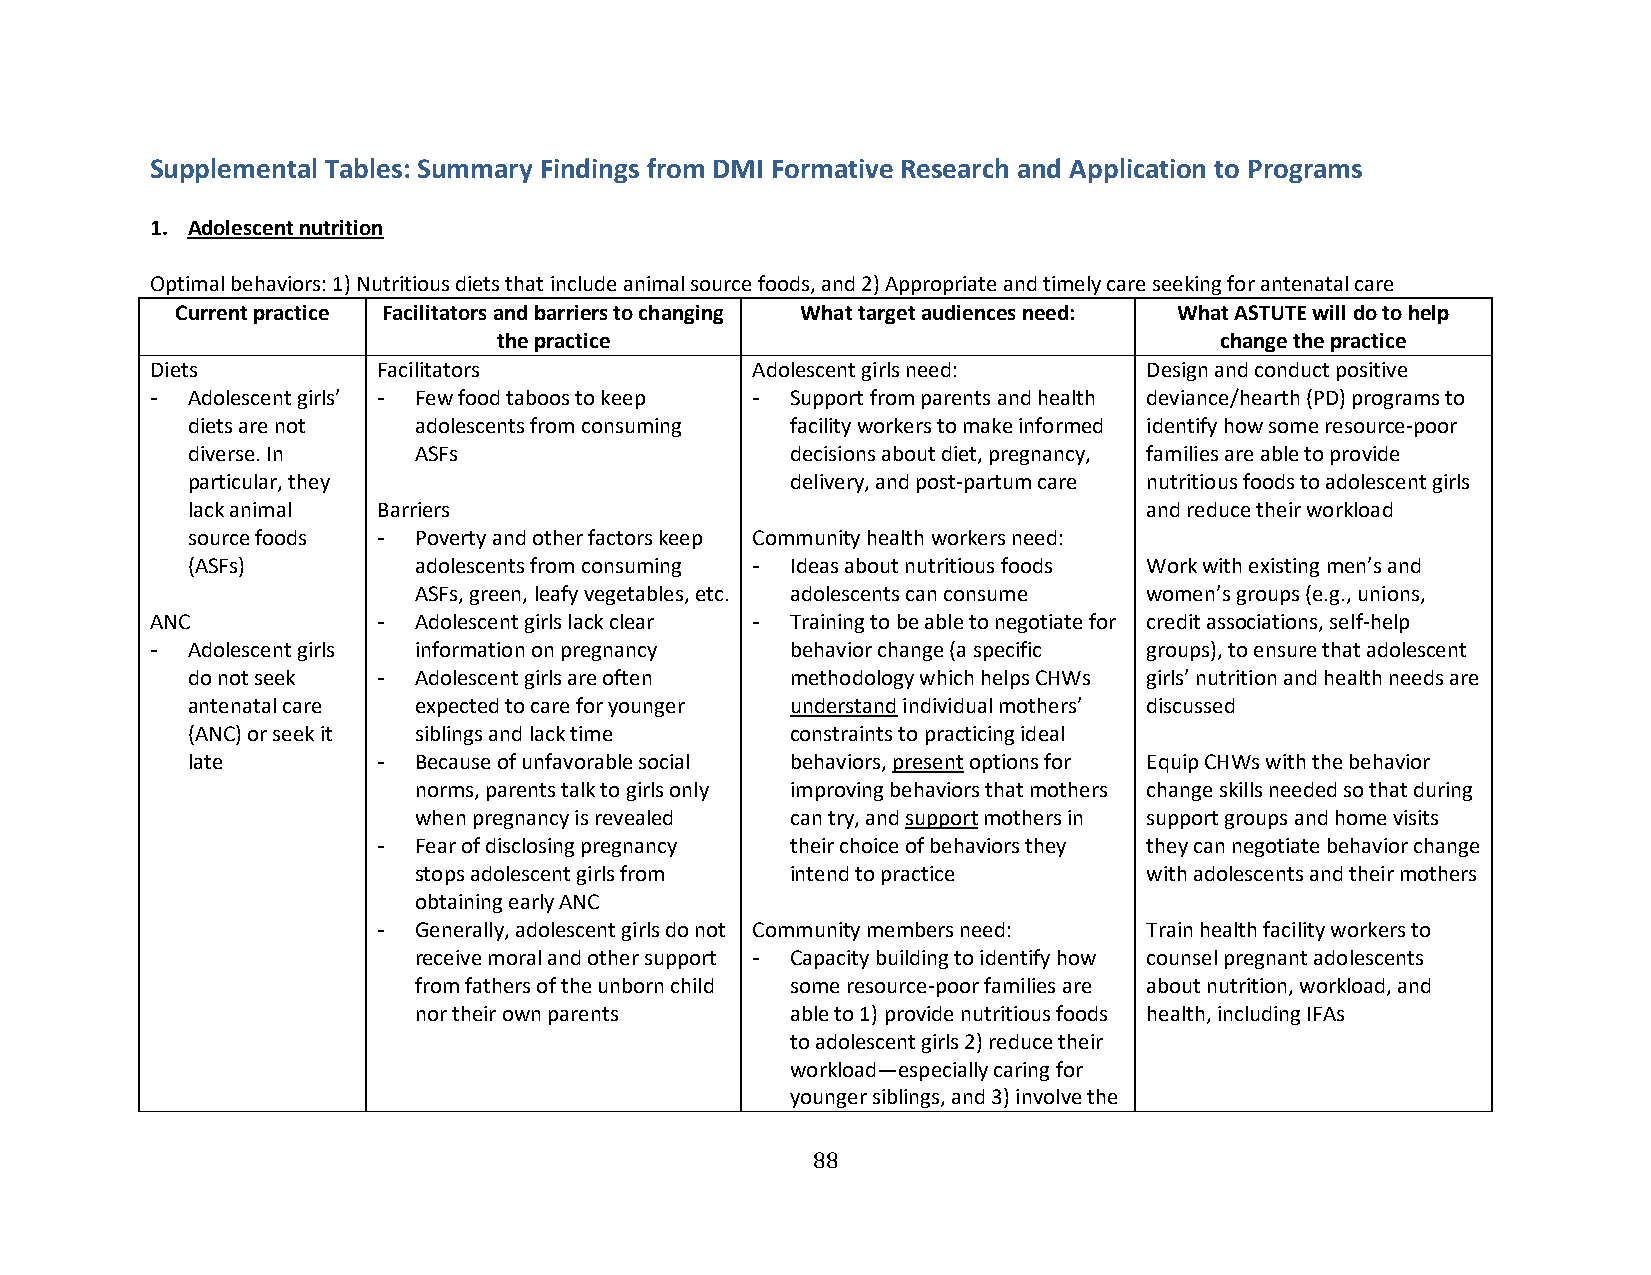
Supplemental Tables: Summary Findings from DMI Formative Research and Application to Programs
 1. Adolescent nutrition
 Optimal behaviors: 1) Nutritious diets that include animal source foods, and 2) Appropriate and timely care seeking for antenatal care
 Current practice Facilitators and barriers to changing What target audiences need: What ASTUTE will do to help
 the practice                                    change the practice
 Diets          Facilitators             Adolescent girls need:    Design and conduct positive
 - Adolescent girls’ - Few food taboos to keep - Support from parents and health deviance/hearth (PD) programs to
 diets are not  adolescents from consuming facility workers to make informed identify how some resource-poor
 diverse. In    ASFs                     decisions about diet, pregnancy, families are able to provide
 particular, they                        delivery, and post-partum care nutritious foods to adolescent girls
 lack animal  Barriers                                           and reduce their workload
 source foods - Poverty and other factors keep Community health workers need:
 (ASFs)         adolescents from consuming - Ideas about nutritious foods Work with existing men’s and
 ASFs, green, leafy vegetables, etc. adolescents can consume women’s groups (e.g., unions,
 ANC            - Adolescent girls lack clear - Training to be able to negotiate for credit associations, self-help
 - Adolescent girls information on pregnancy behavior change (a specific groups), to ensure that adolescent
 do not seek  - Adolescent girls are often methodology which helps CHWs girls’ nutrition and health needs are
 antenatal care expected to care for younger understand individual mothers’ discussed
 (ANC) or seek it siblings and lack time constraints to practicing ideal
 late         - Because of unfavorable social behaviors, present options for Equip CHWs with the behavior
 norms, parents talk to girls only improving behaviors that mothers change skills needed so that during
 when pregnancy is revealed can try, and support mothers in support groups and home visits
 - Fear of disclosing pregnancy their choice of behaviors they they can negotiate behavior change
 stops adolescent girls from intend to practice   with adolescents and their mothers
 obtaining early ANC
 - Generally, adolescent girls do not Community members need: Train health facility workers to
 receive moral and other support - Capacity building to identify how counsel pregnant adolescents
 from fathers of the unborn child some resource-poor families are about nutrition, workload, and
 nor their own parents    able to 1) provide nutritious foods health, including IFAs
 to adolescent girls 2) reduce their
 workload—especially caring for
 younger siblings, and 3) involve the
 88